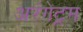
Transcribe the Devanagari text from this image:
अरंगेट्रम